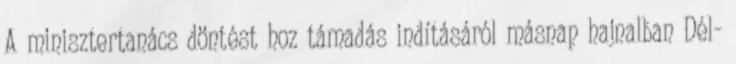
A minisztertanács döntést hoz támadás indításáról másnap hajnalban Dél-